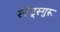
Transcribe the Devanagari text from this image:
स्टेट्स्गुरू